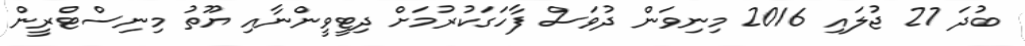
ބުދަ 27 ޖުލައި 2016 މިނިވަން ދުވަސް ފާހަގަކުރުމަށް ދިޓީވީންނާއި ޔޫތު މިނިސްޓްރީން